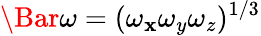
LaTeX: \Bar{\omega}=(\omega_{\mathbf{x}}\omega_{y}\omega_{z})^{1/3}